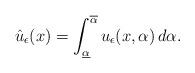
LaTeX: \begin{align*}\hat{u}_\epsilon(x) = \int_{\underline\alpha}^{\overline\alpha} u_\epsilon(x,\alpha)\,d\alpha.\end{align*}